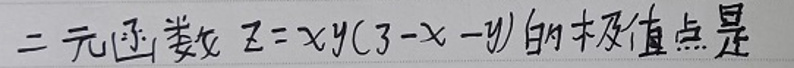
二元函数 \( z = xy(3 - x - y) \) 的极值点是